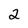
Character: 2